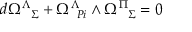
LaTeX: d \Omega _ { \ \ \Sigma } ^ { \Lambda } + \Omega _ { \ \, P i } ^ { \Lambda } \land \Omega _ { \ \ \Sigma } ^ { \Pi } = 0